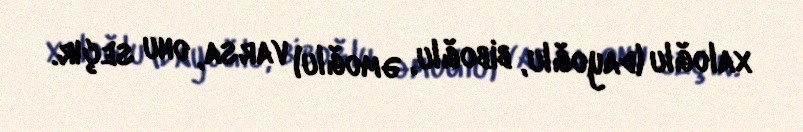
xaloğlu (dayoğlu, biboğlu, əmoğlu) varsa, onu seçır.